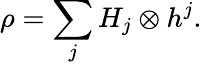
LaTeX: \rho=\sum_{j}H_{j}\otimes h^{j}.